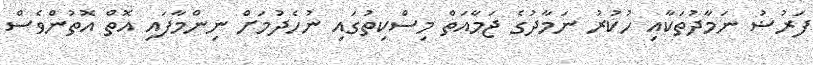
ފަރުޟު ނަމާދުތަކާއި ހުކުރު ނަމާދުގެ ޖަމާއަތް މިސްކިތުގައި ނުހެދުމަށް ނިންމާފައި އޮތް އޮތުންވެސް